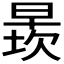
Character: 𬁄